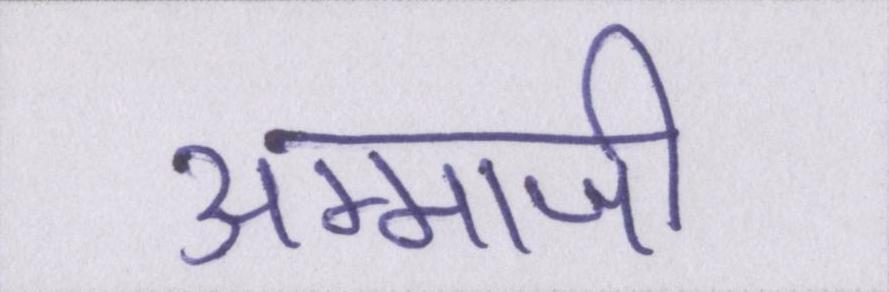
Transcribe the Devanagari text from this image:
अम्माजी